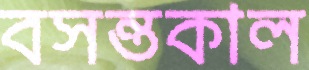
বসন্তকাল